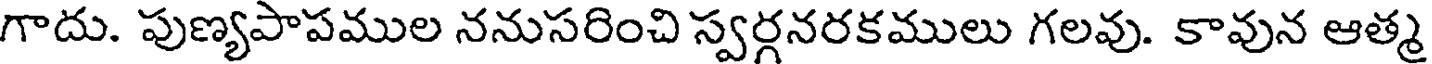
గాదు. పుణ్యపాపముల ననుసరించి స్వర్గనరకములు గలవు. కావున ఆత్మ